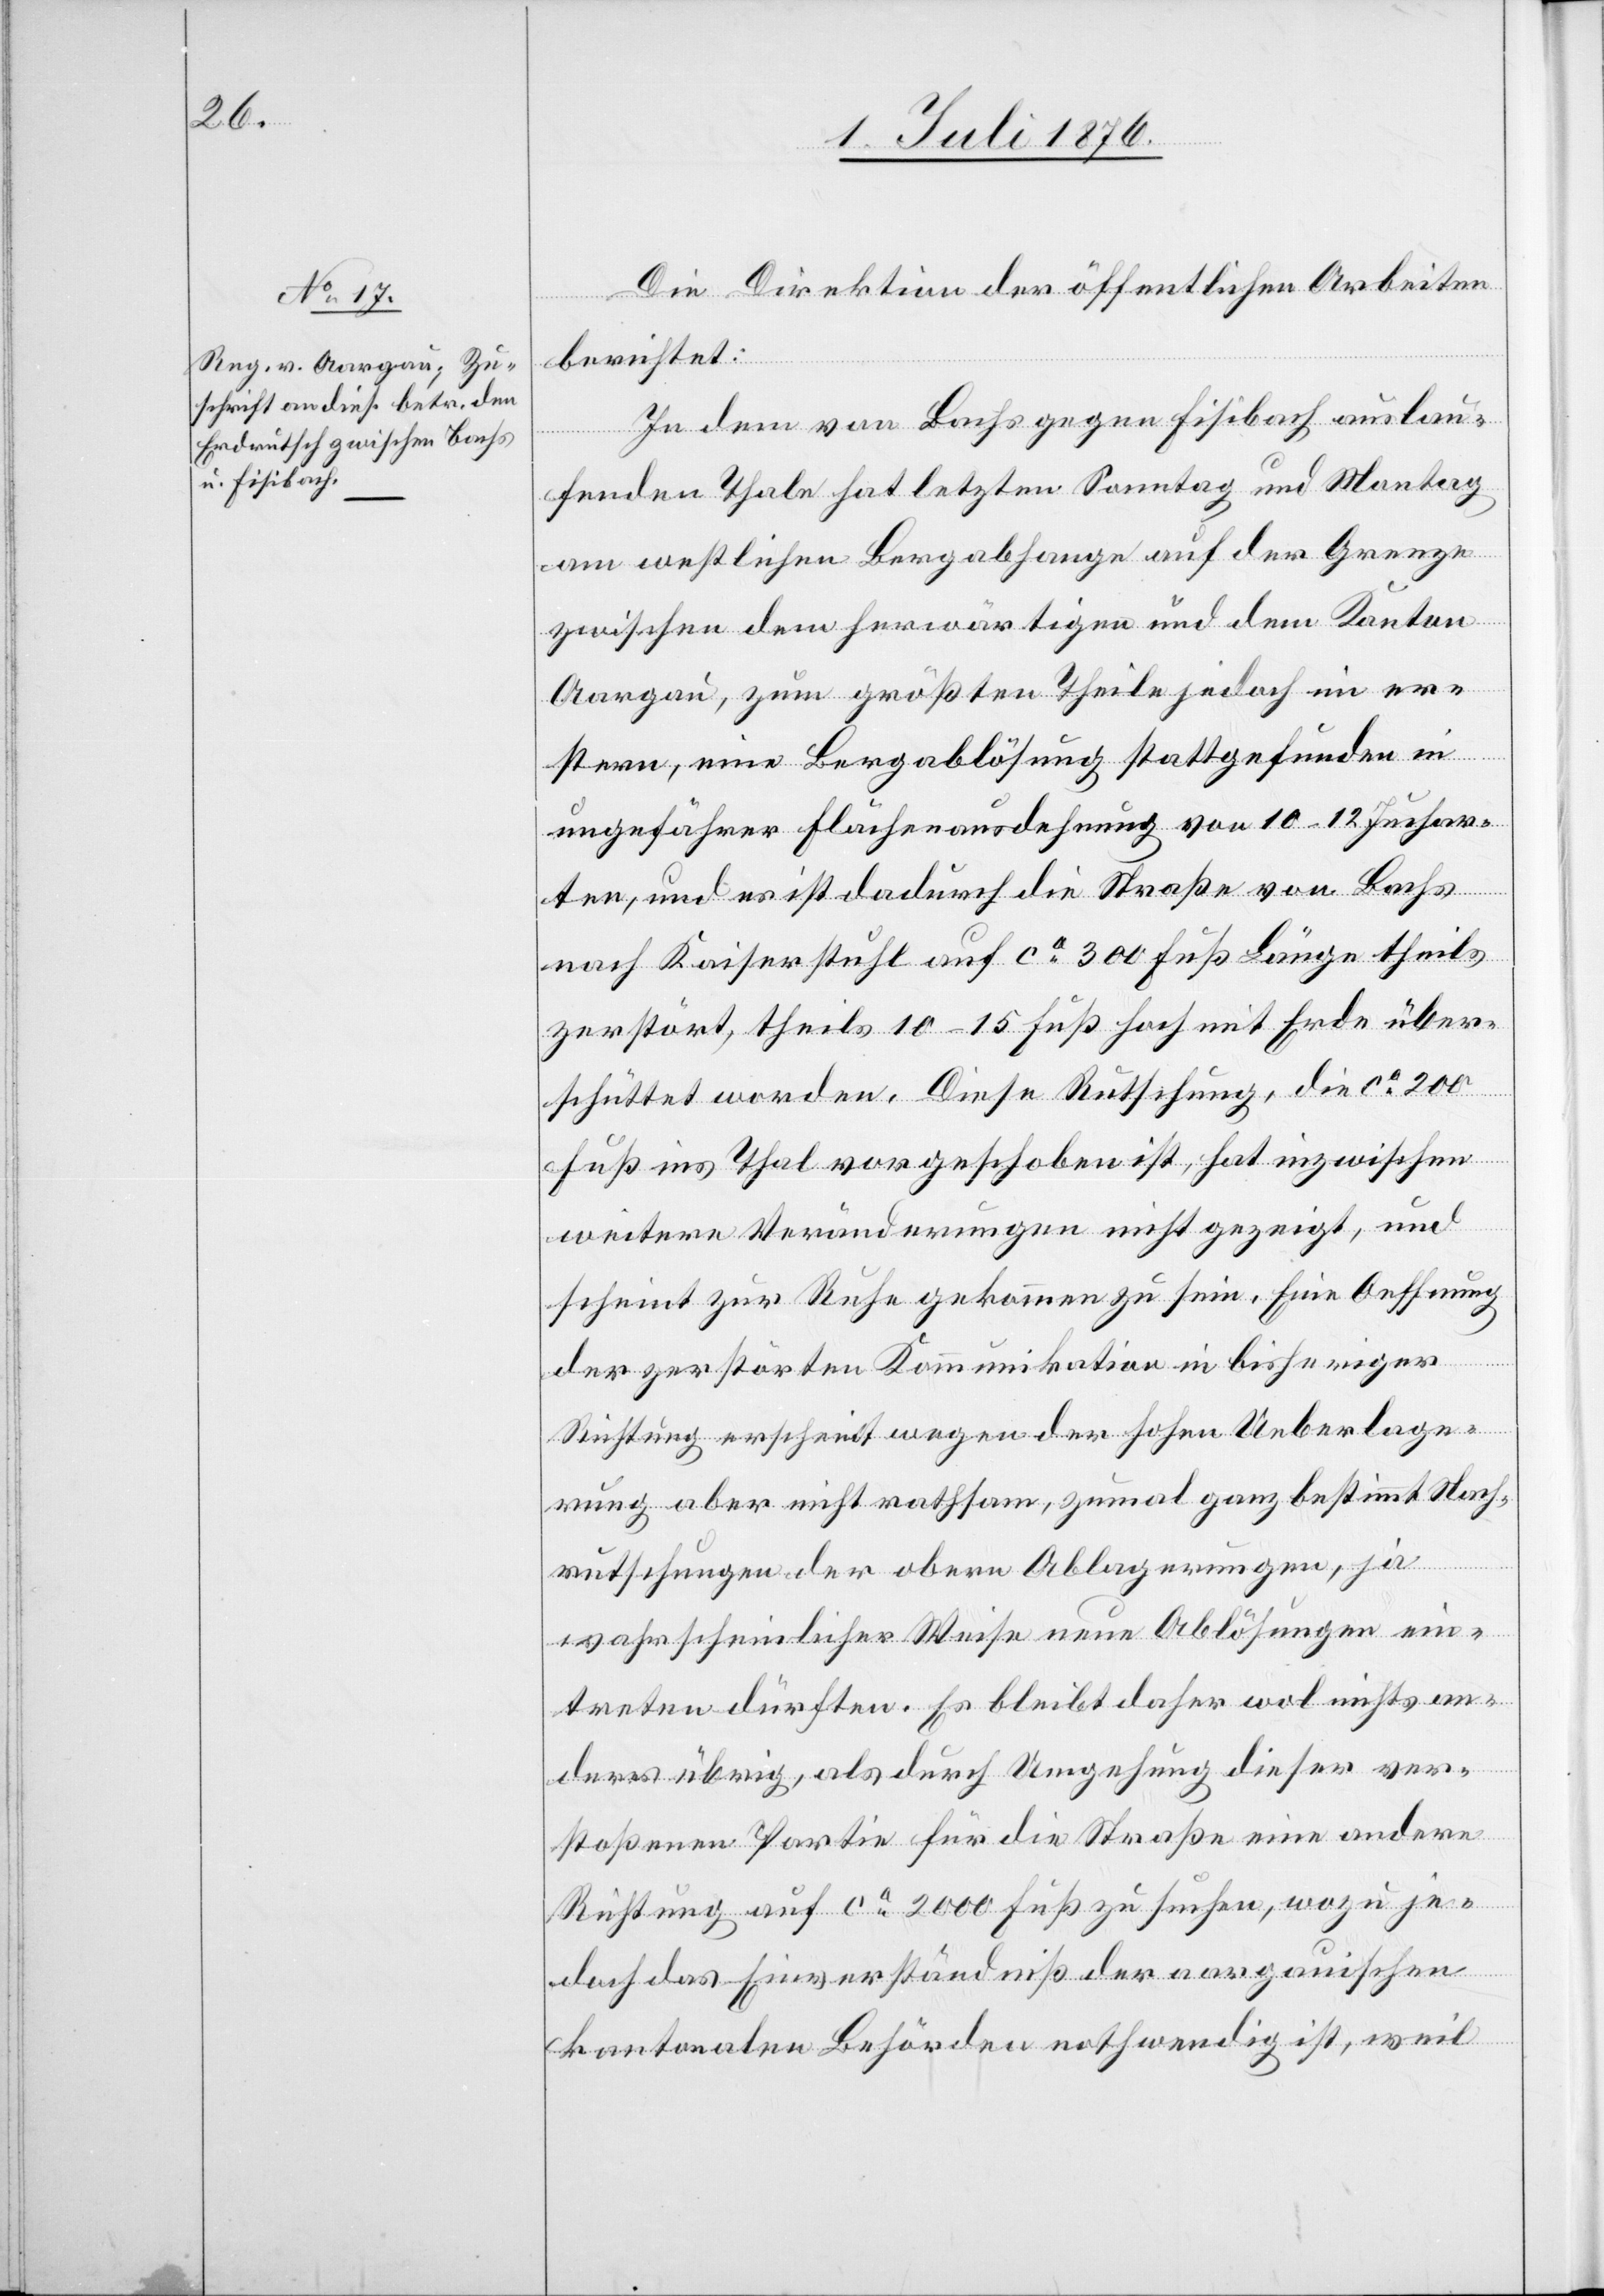
Die Direktion der öffentlichen Arbeiten
berichtet:
In dem von Bachs gegen Fisibach auslau¬
fenden Thale hat letzten Sonntag und Montag
am westlichen Bergabhange auf der Grenze
zwischen dem herwärtigen und dem Kanton
Aargau, zum größten Theile jedoch im er¬
stern, eine Bergablösung stattgefunden in
ungefährer Flächenausdehnung von 10–12 Juchar¬
ten, und es ist dadurch die Straße von Bachs
nach Kaiserstuhl auf ca 300 Fuß Länge theils
zerstört, theils 10–15 Fuß hoch mit Erde über¬
schüttet worden. Diese Rutschung, die ca 200
Fuß ins Thal vorgeschoben ist, hat inzwischen
weitere Veränderungen nicht gezeigt, und
scheint zur Ruhe gekommen zu sein. Eine Oeffnung
der zerstörten Kommunikation in bisheriger
Richtung erscheint wegen der hohen Ueberlage¬
rung aber nicht rathsam, zumal ganz bestimmt Nach¬
rutschungen der obern Ablagerungen, ja
wahrscheinlicher Weise neue Ablösungen ein¬
treten dürften. Es bleibt daher wol nichts an¬
ders übrig, als durch Umgehung dieser ver¬
stoßenen Partie für die Straße eine andere
Richtung auf ca 2000 Fuß zu suchen, wozu je¬
doch das Einverständniß der aargauischen
kantonalen Behörden nothwendig ist, weil